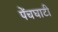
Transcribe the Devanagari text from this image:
पेंचघाटी